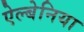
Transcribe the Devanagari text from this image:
ऐल्बेनिया